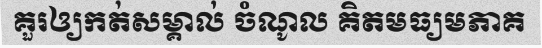
គួរឲ្យកត់សម្គាល់ ចំណូល គិតមធ្យមភាគ